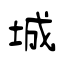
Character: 城